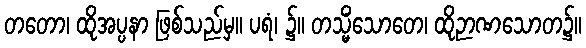
တတော၊ ထိုအပ္ပနာ ဖြစ်သည်မှ။ ပရံ၊ ၌။ တသ္မိံသောတေ၊ ထိုဉာဏသောတ၌။